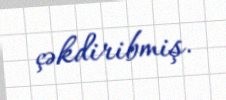
çəkdiribmiş.